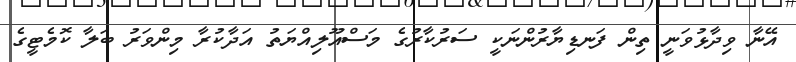
އޭނާ ވިދާޅުވަނީ ތިން ފަނޑިޔާރުންނަކީ ސަރުކާރުގެ މަސްއޫލިއްޔަތު އަދާކުރާ މިންވަރު ބަލާ ކޮމެޓީގެ